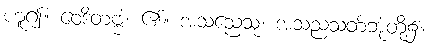
ဟူ၍။ ဝေဒိတဗ္ဗံ၊ ၏။ အသညေသု၊ အသညသတ်ဘုံတို့၌။